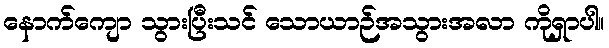
နောက်ကျော သွားပြီးသင် သောယာဉ်အသွားအလာ ကိုရှာပါ။